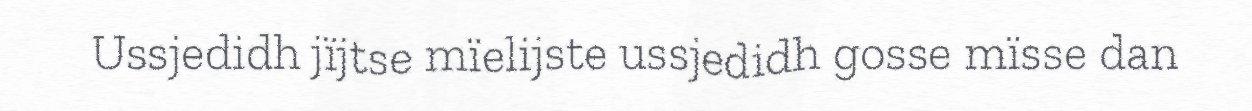
Ussjedidh jïjtse mïelijste ussjedidh gosse mïsse dan